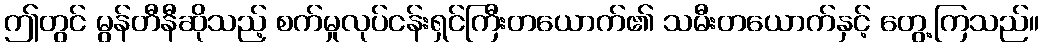
ဤတွင် မွန်တီနီဆိုသည့် စက်မှုလုပ်ငန်းရှင်ကြီးတယောက်၏ သမီးတယောက်နှင့် တွေ့ကြသည်။